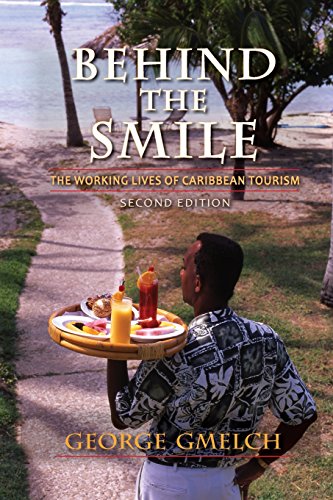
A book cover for Behind the Smile, Second Edition: The Working Lives of Caribbean Tourism; George Gmelch; Travel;